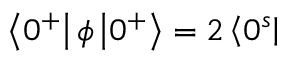
\left\langle 0 ^ { + } \right| \phi \left| 0 ^ { + } \right\rangle = 2 \left\langle 0 ^ { s } \right|